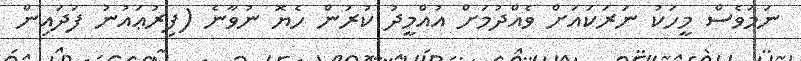
ނަމަވެސް މީހަކު ނަރަކައަށް ވެއްދުމަށް އުއްމީދު ކުރުން ހެޔޮ ނުވާނެ (ފިރުޢައުނު ފަދައިން